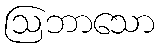
ဩဘာသော